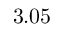
3 . 0 5